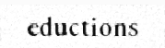
eductions